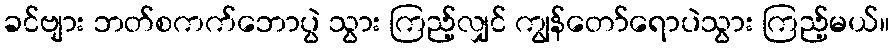
ခင်ဗျား ဘတ်စကက်ဘောပွဲ သွား ကြည့်လျှင် ကျွန်တော်ရောပဲသွား ကြည့်မယ်။